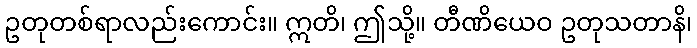
ဥတုတစ်ရာလည်းကောင်း။ ဣတိ၊ ဤသို့။ တီဏိယေဝ ဥတုသတာနိ၊